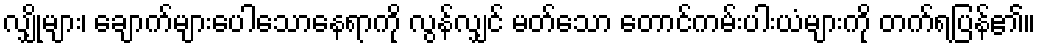
လျှိုများ၊ ချောက်များပေါသောနေရာကို လွန်လျှင် မတ်သော တောင်ကမ်းပါးယံများကို တက်ရပြန်၏။